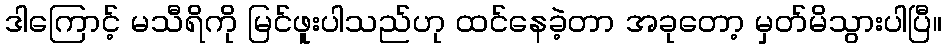
ဒါကြောင့် မသီရိကို မြင်ဖူးပါသည်ဟု ထင်နေခဲ့တာ အခုတော့ မှတ်မိသွားပါပြီ။